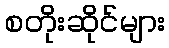
စတိုးဆိုင်များ